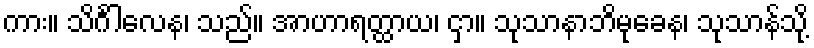
ကား။ သိင်္ဂါလေန၊ သည်။ အာဟာရတ္ထာယ၊ ငှာ။ သုသာနာဘိမုခေန၊ သုသာန်သို့